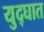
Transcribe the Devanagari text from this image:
युद्घात